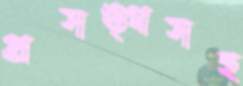
প্রসঙ্গসহ